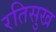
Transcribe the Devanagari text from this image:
रतिसुख